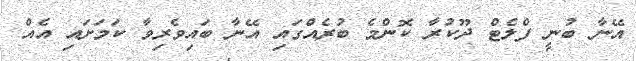
އޭނާ ބުނީ ފްލެޓް ދޫކުރާ ކޮންމެ ބުރެއްގައި އޭނާ ބައިވެރިވާ ކަމަށައި އެއް